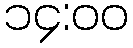
၁၄:၀၀